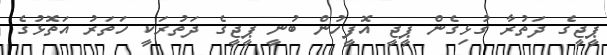
ޕީޖީގެ ދަތުރާ ގުޅިގެން ޕީޖީ އޮފީހުން ބުނީ ޕީޖީގެ ދަތުރަކީ ހަތަރު އަތޮޅުގެ